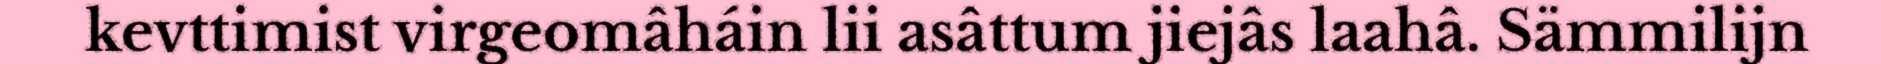
kevttimist virgeomâháin lii asâttum jiejâs laahâ. Sämmilijn